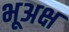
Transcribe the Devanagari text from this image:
भूअक्ष